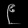
Digit: ၉